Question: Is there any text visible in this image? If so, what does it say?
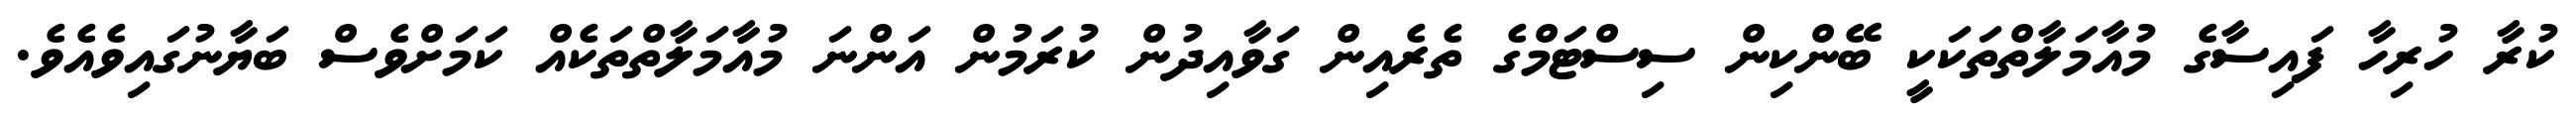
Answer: ކުރާ ހުރިހާ ފައިސާގެ މުއާމަލާތްތަކަކީ ބޭންކިން ސިސްޓަމްގެ ތެރެއިން ގަވާއިދުން ކުރަމުން އަންނަ މުއާމަލާތްތަކެއް ކަމަށްވެސް ބަޔާނުގައިވެއެވެ.